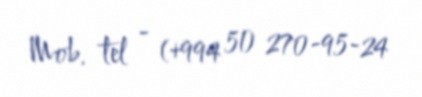
Mob. tel - (+994 51) 270-95-24